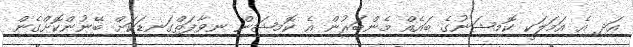
އަދި އެ އަމަލަކީ ކޮމިޝަނުގެ ބައެއް މެންބަރުން އެ ކޮމިޝަން ނިވާފަތްގަނޑަކަށް ބޭނުންކޮށްގެން